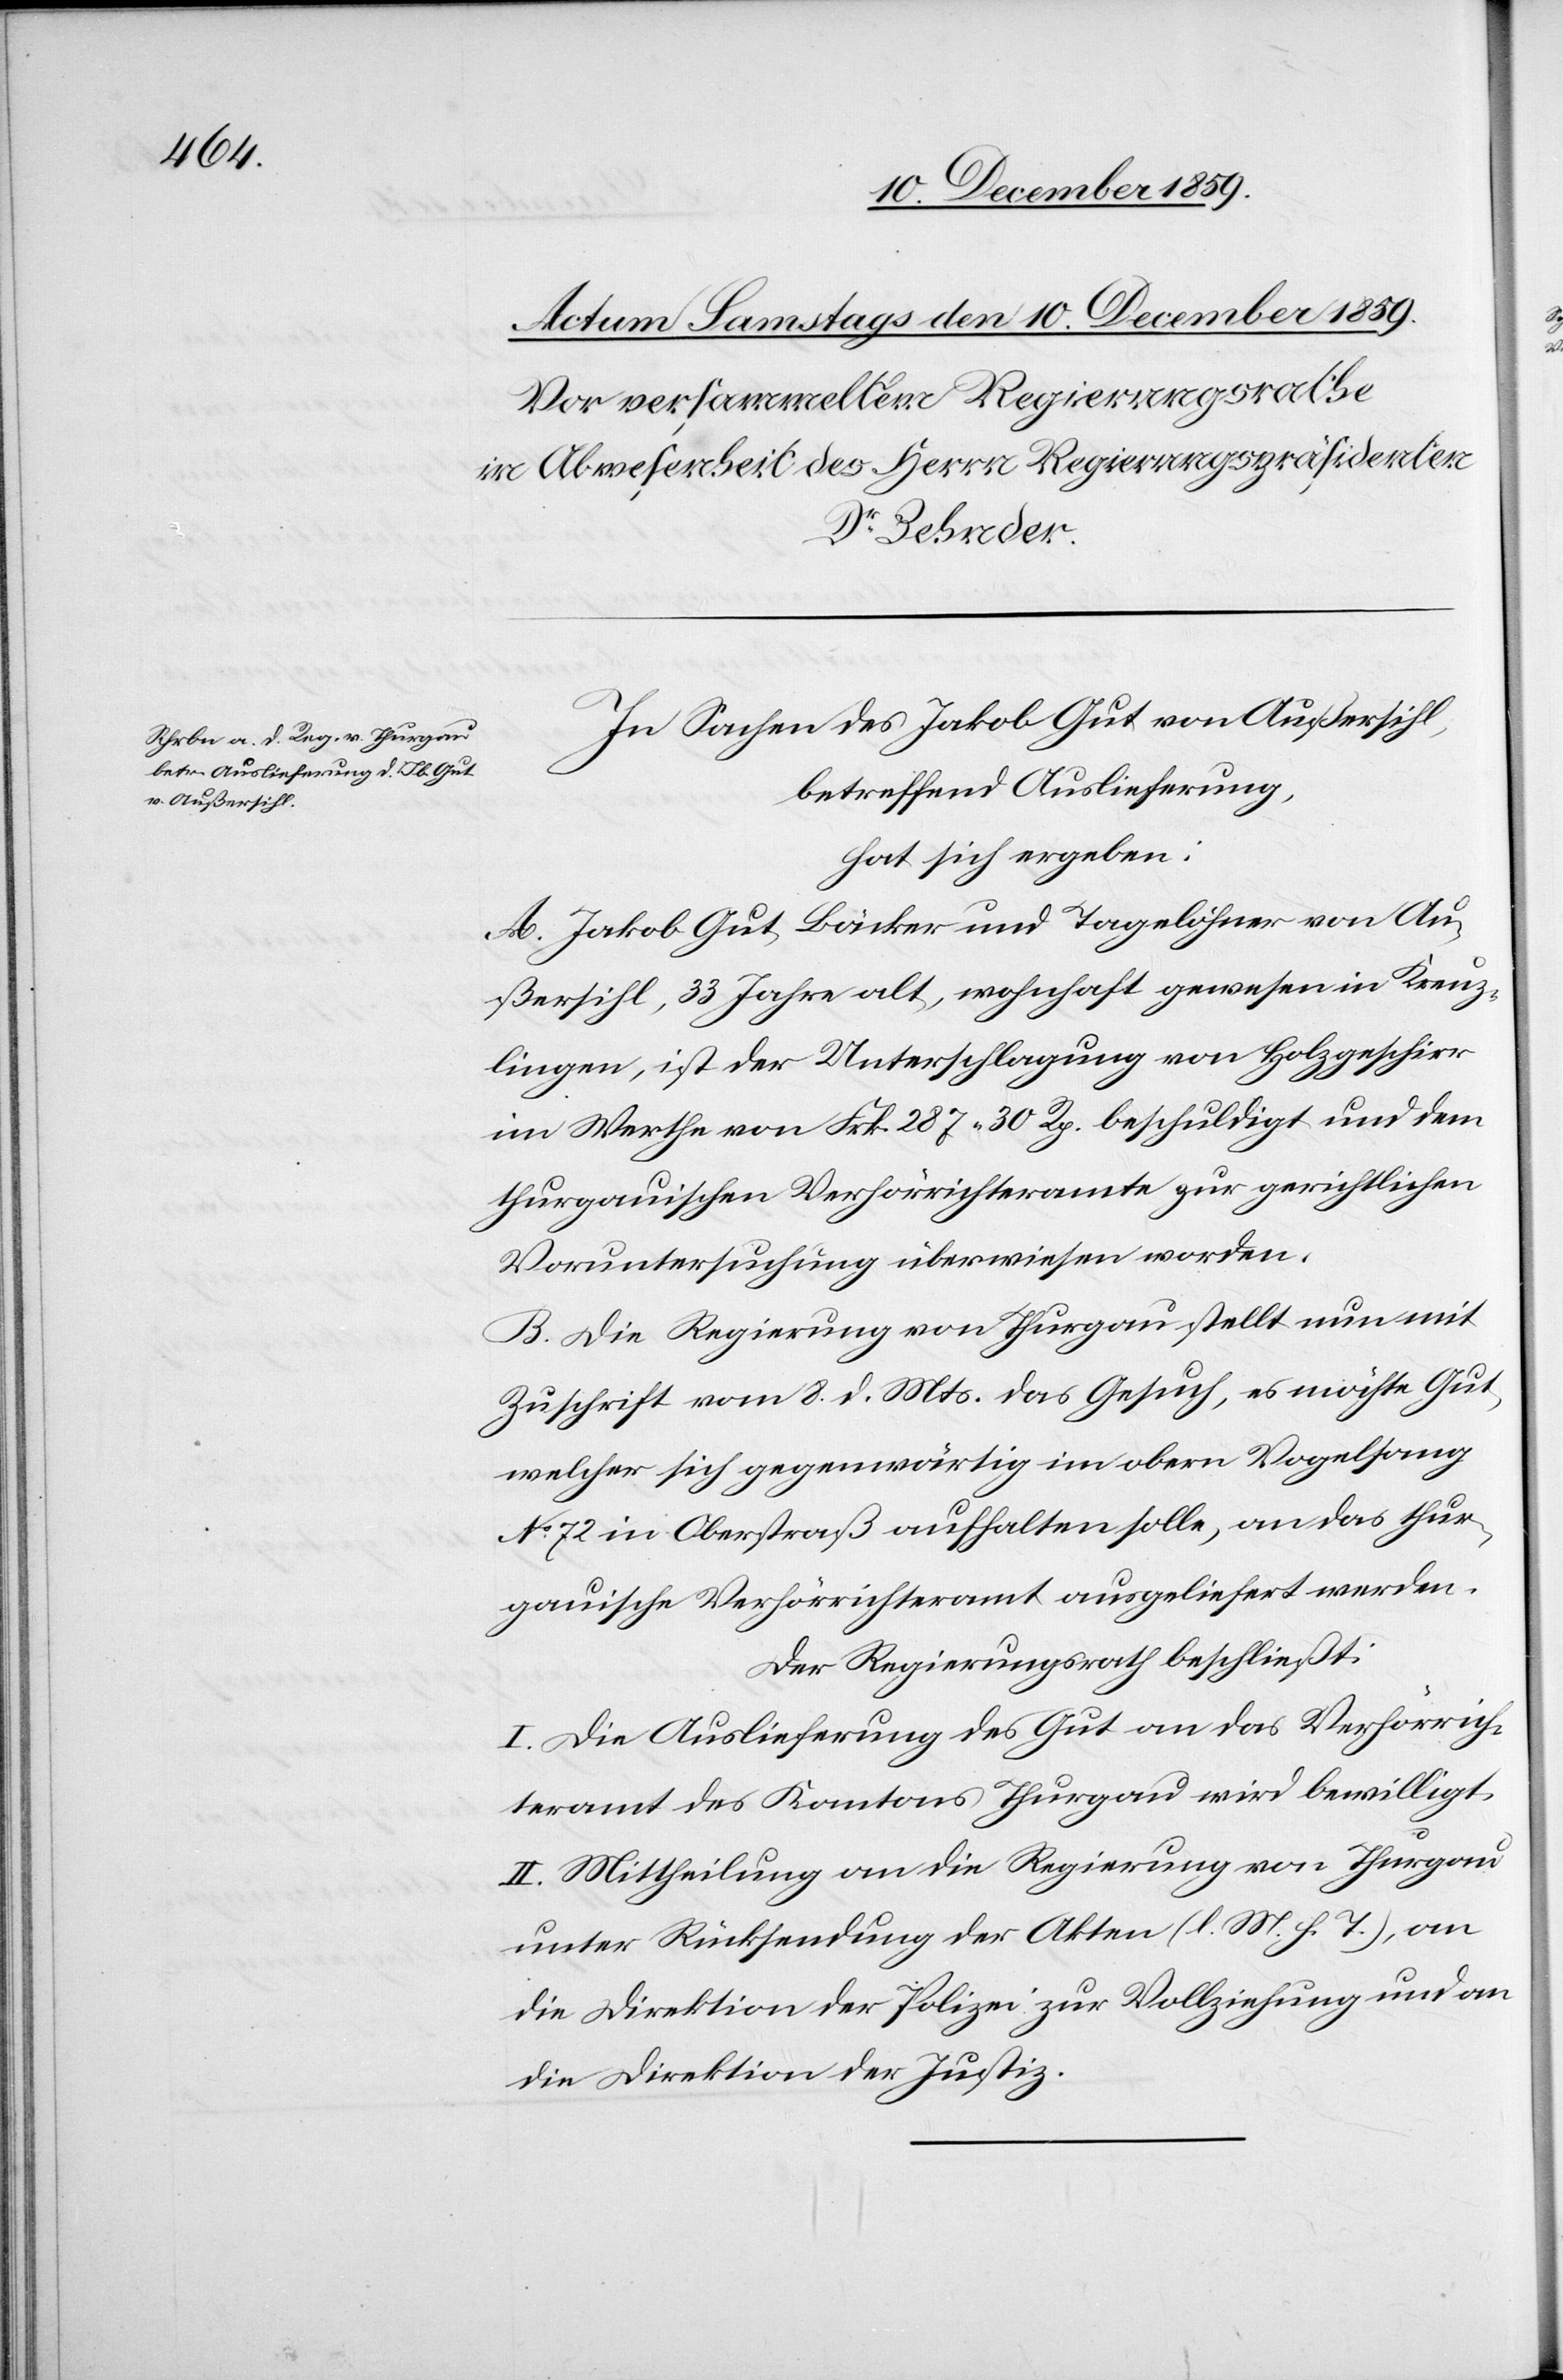
In Sachen des Jakob Gut von Ausßersihl,
betreffend Auslieferung,
hat sich ergeben:
A. Jakob Gut, Backer und Tagelöhner von Au¬
ßersihl, 33 Jahre alt, wohnhaft gewesen in Kreuz¬
lingen, ist der Unterschlagung von Holzgeschirr
im Werthe von Frk. 287 30 Rp. beschuldigt und dem
thurgauischen Verhörrichteramte zur gerichtlichen
Voruntersuchung überwiesen worden.
B. Die Regierung von Thurgau stellt nun mit
Zuschrift vom 8. d. Mts. das Gesuch, es möchte Gut,
welcher sich gegenwärtig im obern Vogelfang
No 72 in Oberstraß aufhalten solle, an das thur¬
gauische Verhörrichteramt ausgeliefert werden.
Der Regierungsrath beschließt:
I. Die Auslieferung des Gut an das Verhörrich¬
teramt des Kantons Thurgau wird bewilligt.
II. Mittheilung an die Regierung von Thurgau
unter Rücksendung der Akten (l. M. h. T.), an
die Direktion der Polizei zur Vollziehung und an
die Direktion der Justiz.